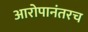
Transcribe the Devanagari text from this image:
आरोपानंतरच